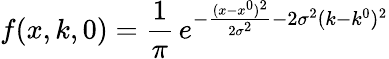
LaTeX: f(x,k,0)=\frac{1}{\pi}\, e^{-\frac{(x-x^{0})^{2}}{2\sigma^{2}}-2\sigma^{2}(k-k^{0})^{2}}